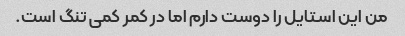
من این استایل را دوست دارم اما در کمر کمی تنگ است.